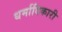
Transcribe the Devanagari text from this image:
धर्मादिकारी